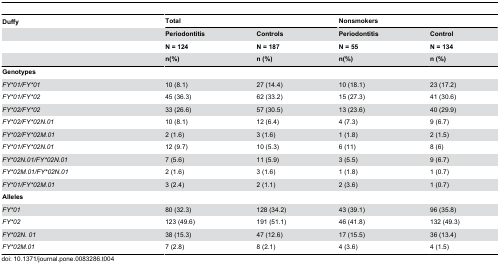
| Duffy | <COLSPAN=2> Total | <COLSPAN=2> Nonsmokers |
 |  | Periodontitis | Controls | Periodontitis | Control |
 |  | N = 124 | N = 187 | N = 55 | N = 134 |
 |  | n(%) | n (%) | n(%) | n (%) |
 | --- | --- | --- | --- | --- |
 | Genotypes |  |  |  |  |
 | FY*01/FY*01 | 10 (8.1) | 27 (14.4) | 10 (18.1) | 23 (17.2) |
 | FY*01/FY*02 | 45 (36.3) | 62 (33.2) | 15 (27.3) | 41 (30.6) |
 | FY*02/FY*02 | 33 (26.6) | 57 (30.5) | 13 (23.6) | 40 (29.9) |
 | FY*02/FY*02N.01 | 10 (8.1) | 12 (6.4) | 4 (7.3) | 9 (6.7) |
 | FY*02/FY*02M.01 | 2 (1.6) | 3 (1.6) | 1 (1.8) | 2 (1.5) |
 | FY*01/FY*02N.01 | 12 (9.7) | 10 (5.3) | 6 (11) | 8 (6) |
 | FY*02N.01/FY*02N.01 | 7 (5.6) | 11 (5.9) | 3 (5.5) | 9 (6.7) |
 | FY*02M.01/FY*02N.01 | 2 (1.6) | 3 (1.6) | 1 (1.8) | 1 (0.7) |
 | FY*01/FY*02M.01 | 3 (2.4) | 2 (1.1) | 2 (3.6) | 1 (0.7) |
 | Alleles |  |  |  |  |
 | FY*01 | 80 (32.3) | 128 (34.2) | 43 (39.1) | 96 (35.8) |
 | FY*02 | 123 (49.6) | 191 (51.1) | 46 (41.8) | 132 (49.3) |
 | FY*02N. 01 | 38 (15.3) | 47 (12.6) | 17 (15.5) | 36 (13.4) |
 | FY*02M.01 | 7 (2.8) | 8 (2.1) | 4 (3.6) | 4 (1.5) |